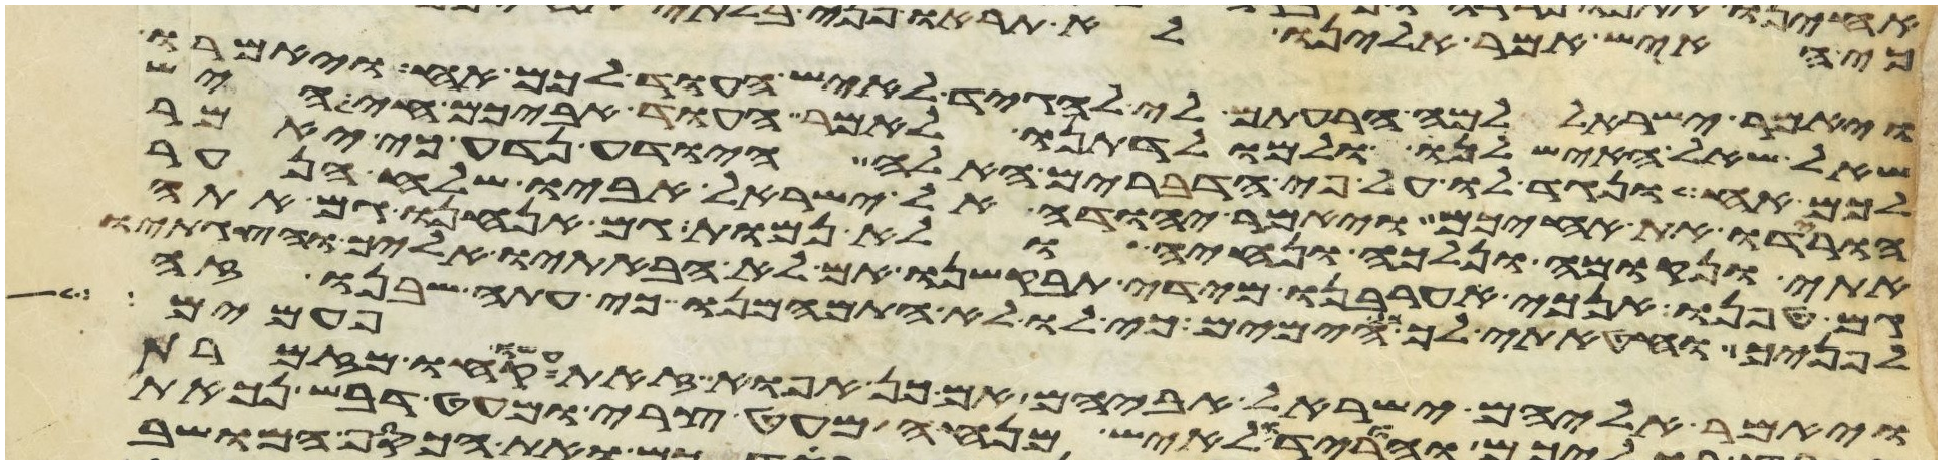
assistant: ויאמר ישראל למה הרעתם לי להגיד לאיש העוד לכם אח ויאמרו
שאל שאל האיש לנו ולמולדתנו לאמר העוד אביכם חי היש
לכם אח ונגיד לו על פי הדברים האלה היודע נדע כי יאמר
הורידו את אחיכם ויאמר יהודה אל ישראל אביו שלח הנער
אתי ונקומה ונלכה ונחיה ולא נמות גם אנחנו גם אתה
גם טפנו אנכי אערבנו מידי תבקשנו אם לא הבאתיו אליך והצגתיו
לפניך וחטאתי לך כל הימים כי לו לא התמהמנו כי עתה שבנו זה
פעמים
ויאמר אליהם ישראל אביהם אם כן אפוא זאת עשו קחו מזמרת